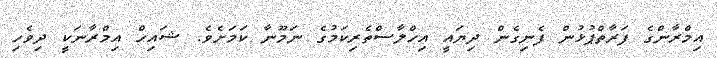
އިމްރާންގެ ފަރާތްޕުޅުން ފެނިގެން ދިޔައީ އިހްލާސްތެރިކަމުގެ ނަމޫނާ ކަމަށެވެ. ޝައިހް އިމްރާނަކީ ދިވެހި